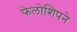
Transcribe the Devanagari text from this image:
फेलोशिपने